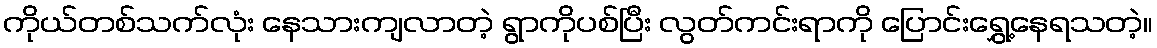
ကိုယ်တစ်သက်လုံး နေသားကျလာတဲ့ ရွာကိုပစ်ပြီး လွတ်ကင်းရာကို ပြောင်းရွှေ့နေရသတဲ့။